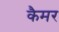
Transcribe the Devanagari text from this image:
कैमर